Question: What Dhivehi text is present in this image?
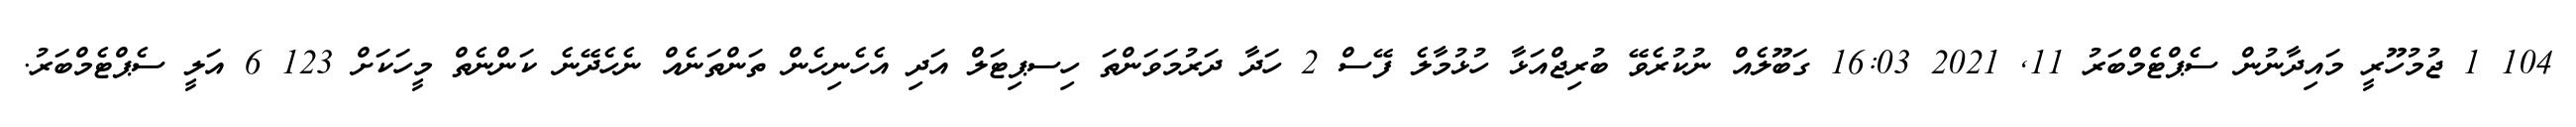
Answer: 104 1 ޖުމުހޫރީ މައިދާނުން ސެޕްޓެމްބަރު 11, 2021 16:03 ގަބޫލެއް ނުކުރެވޭ ބުރިޖްއަޅާ ހުޅުމާލެ ފޭސް 2 ހަދާ ދަރުމަވަންތަ ހިސޕިޓަލް އަދި އެހެނިހެން ތަންތަނެއް ނެހެދޭނެ ކަންނެތް މީހަކަށް 123 6 އަލީ ސެޕްޓެމްބަރު.